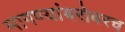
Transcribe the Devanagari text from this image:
मागण्यांबरोबरच